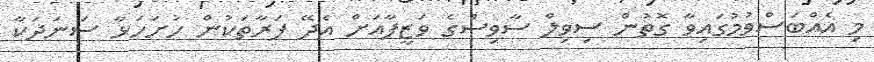
މި އެއްބަސްވުމުގައިވާ ގޮތުން ސިވިލް ސާވިސްގެ ވަޒީފާއަށް އެދޭ ފަރާތަކުން ހުށަހަޅާ ސަނަދަކާ